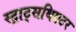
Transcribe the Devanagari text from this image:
स्ट्राट्सथिएटर